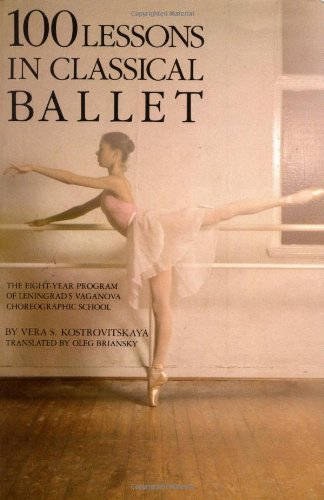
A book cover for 100 Lessons in Classical Ballet: The Eight-Year Program of Leningrad's Vaganova Choreographic School; Vera S. Kostrovitskaya; Humor & Entertainment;